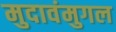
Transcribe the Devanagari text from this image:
मुदावंमुगल